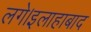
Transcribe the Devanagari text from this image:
लगे।इलाहाबाद